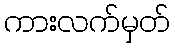
ကားလက်မှတ်